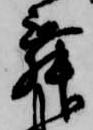
舞